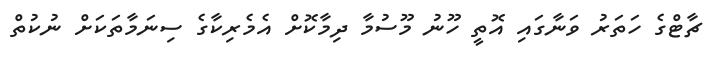
ޗާޓްގެ ހަތަރު ވަނާގައި އޮތީ ހޫނު މޫސުމާ ދިމާކޮށް އެމެރިކާގެ ސިނަމާތަކަށް ނުކުތް